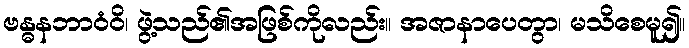
ဗန္ဓနဘာဝံဝိ၊ ဖွဲ့သည်၏အဖြစ်ကိုလည်း။ အဇာနာပေတွာ၊ မသိစေမူ၍။